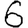
Digit: 6